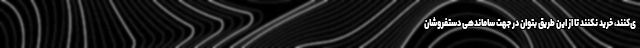
ی‌کنند، خرید نکنند تا از این طریق بتوان در جهت ساماندهی دستفروشان